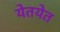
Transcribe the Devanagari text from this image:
येतयेत